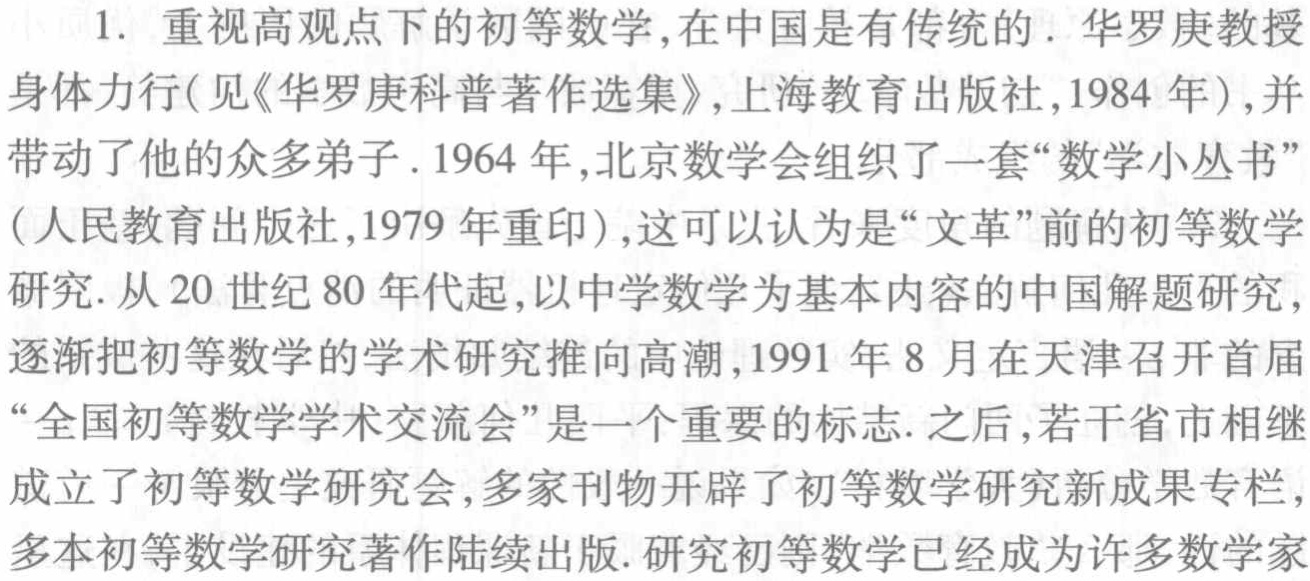
1. 重视高观点下的初等数学,在中国是有传统的. 华罗庚教授身体力行(见《华罗庚科普著作选集》,上海教育出版社,1984 年),并带动了他的众多弟子. 1964 年,北京数学会组织了一套“数学小丛书”(人民教育出版社,1979 年重印),这可以认为是“文革”前的初等数学研究. 从 20 世纪 80 年代起,以中学数学为基本内容的中国解题研究,逐渐把初等数学的学术研究推向高潮,1991 年 8 月在天津召开首届“全国初等数学学术交流会”是一个重要的标志. 之后,若干省市相继成立了初等数学研究会,多家刊物开辟了初等数学研究新成果专栏,多本初等数学研究著作陆续出版. 研究初等数学已经成为许多数学家